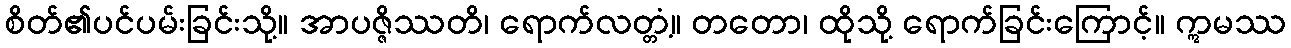
စိတ်၏ပင်ပမ်းခြင်းသို့။ အာပဇ္ဇိဿတိ၊ ရောက်လတ္တံ့။ တတော၊ ထိုသို့ ရောက်ခြင်းကြောင့်။ ဣမဿ